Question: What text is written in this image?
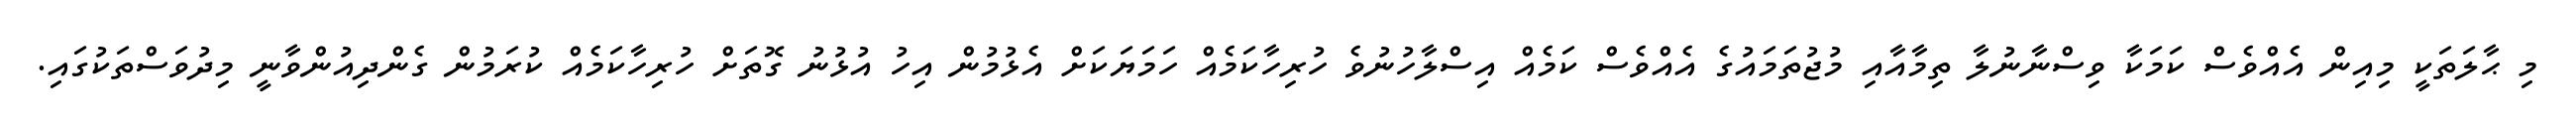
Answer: މި ޙާލަތަކީ މިއިން އެއްވެސް ކަމަކާ ވިސްނާނުލާ ތިމާއާއި މުޖުތަމައުގެ އެއްވެސް ކަމެއް އިސްލާހުނުވެ ހުރިހާކަމެއް ހަމަޔަކަށް އެޅުމުން އިހު އުޅުނު ގޮތަށް ހުރިހާކަމެއް ކުރަމުން ގެންދިއުންވާނީ މިދުވަސްތަކުގައި.